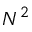
N ^ { 2 }